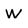
Character: w